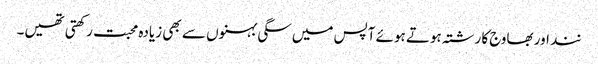
نند اور بھاوج کا رشتہ ہوتے ہوئے آپس میں سگی بہنوں سے بھی زیادہ محبت رکھتی تھیں۔